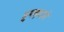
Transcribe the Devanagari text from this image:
द्रुपदयाने